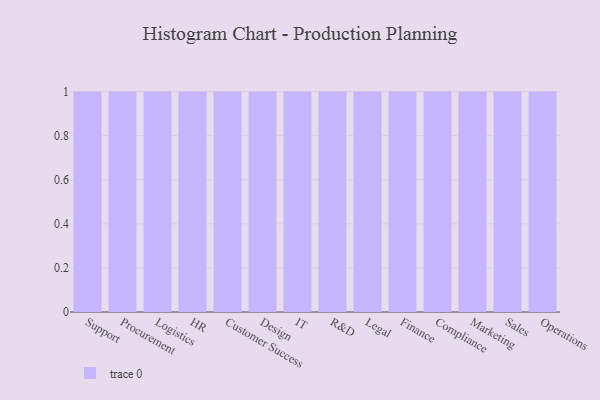
{"axis": {"x": "Department", "y": "Page Views"}, "legend": [""], "data": [{"x": "Support", "y": 93, "type": ""}, {"x": "Procurement", "y": 25, "type": ""}, {"x": "Logistics", "y": 25, "type": ""}, {"x": "HR", "y": 92, "type": ""}, {"x": "Customer Success", "y": 98, "type": ""}, {"x": "Design", "y": 42, "type": ""}, {"x": "IT", "y": 59, "type": ""}, {"x": "R&D", "y": 73, "type": ""}, {"x": "Legal", "y": 90, "type": ""}, {"x": "Finance", "y": 45, "type": ""}, {"x": "Compliance", "y": 10, "type": ""}, {"x": "Marketing", "y": 1, "type": ""}, {"x": "Sales", "y": 90, "type": ""}, {"x": "Operations", "y": 65, "type": ""}]}